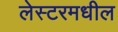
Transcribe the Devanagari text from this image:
लेस्टरमधील